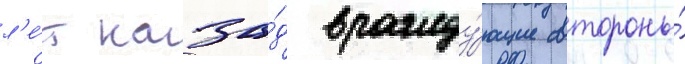
л'е́т наза́д вражду́ющие стороны́